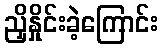
ညှိနှိုင်းခဲ့ကြောင်း